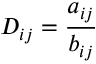
D _ { i j } = \frac { a _ { i j } } { b _ { i j } }